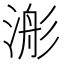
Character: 𣹊